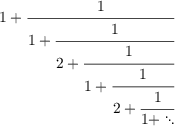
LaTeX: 1 + { \cfrac { 1 } { 1 + { \cfrac { 1 } { 2 + { \cfrac { 1 } { 1 + { \cfrac { 1 } { 2 + { \cfrac { 1 } { 1 + \ddots } } } } } } } } } }